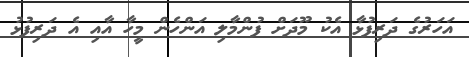
އަހަރުގެ ދަރިފުޅާ އެކު މޫދަށް ފުންމާލި އަންހެން މީހާ އާއި އެ ދަރިފުޅު